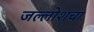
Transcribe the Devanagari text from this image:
जल्लोशचा